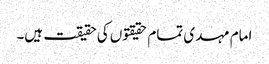
امام مہدی تمام حقیقتوں کی حقیقت ہیں۔